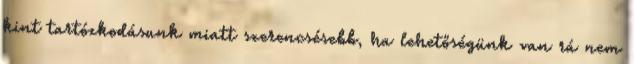
kint tartózkodásunk miatt szerencsésebb, ha lehetőségünk van rá nem